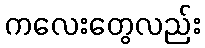
ကလေးတွေလည်း